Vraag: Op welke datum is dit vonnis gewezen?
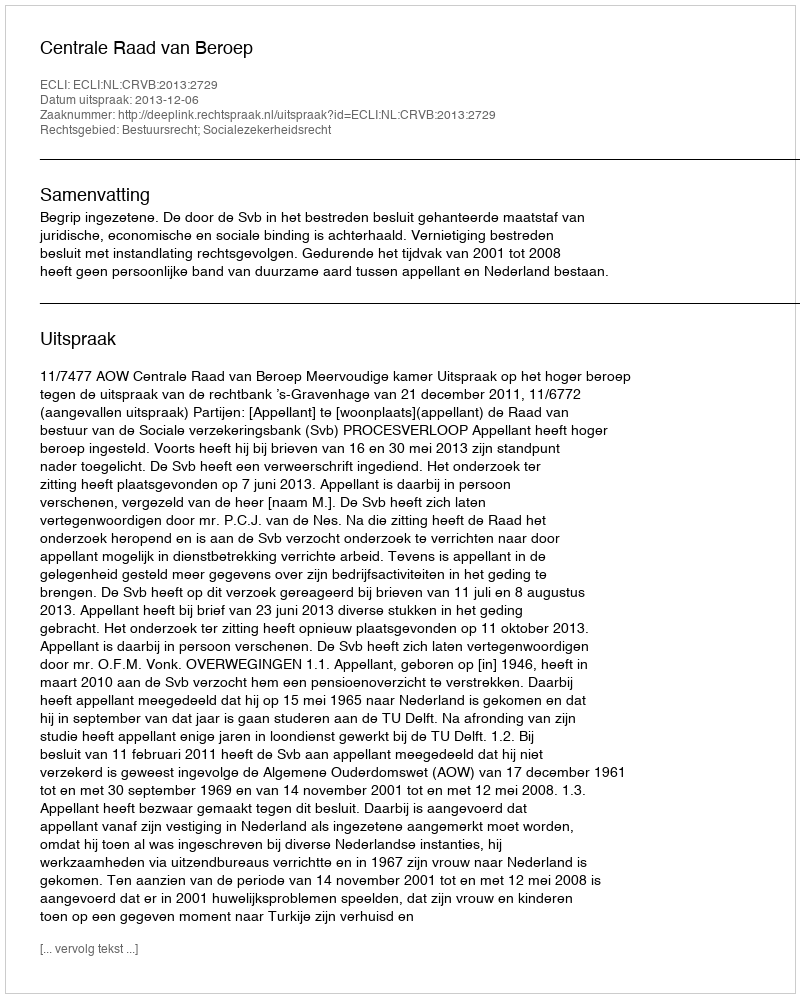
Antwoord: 2013-12-06